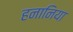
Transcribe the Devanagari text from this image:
हनानिया